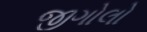
જીગોલો